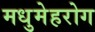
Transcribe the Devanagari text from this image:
मधुमेहरोग